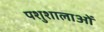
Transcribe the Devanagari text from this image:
पशुशालाओं